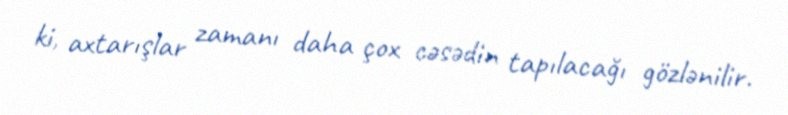
ki, axtarışlar zamanı daha çox cəsədin tapılacağı gözlənilir.